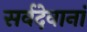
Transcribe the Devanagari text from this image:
सर्वदेवानां